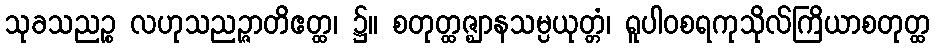
သုခသညဉ္စ လဟုသညဉ္ဇာတိဧတ္ထ၊ ၌။ စတုတ္ထဇ္ဈာနသမ္ပယုတ္တံ၊ ရူပါဝစရကုသိုလ်ကြိယာစတုတ္ထ